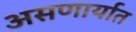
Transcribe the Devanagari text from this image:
असणार्यात